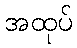
အထုပ်